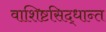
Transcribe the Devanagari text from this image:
वाशिष्टसिद्धान्त